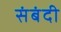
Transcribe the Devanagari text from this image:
संबंदी